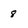
Character: 8